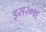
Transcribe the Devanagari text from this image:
इस२०१६